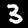
Label: 3